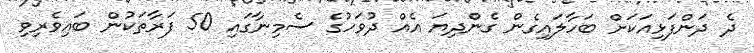
ދެ ދަންފަޅިއަކަށް ބަހާލައިގެން ގެންދިޔަ އެއް ދުވަހުގެ ސެމިނާގައި 50 ފަރާތަކުން ބައިވެރިވި